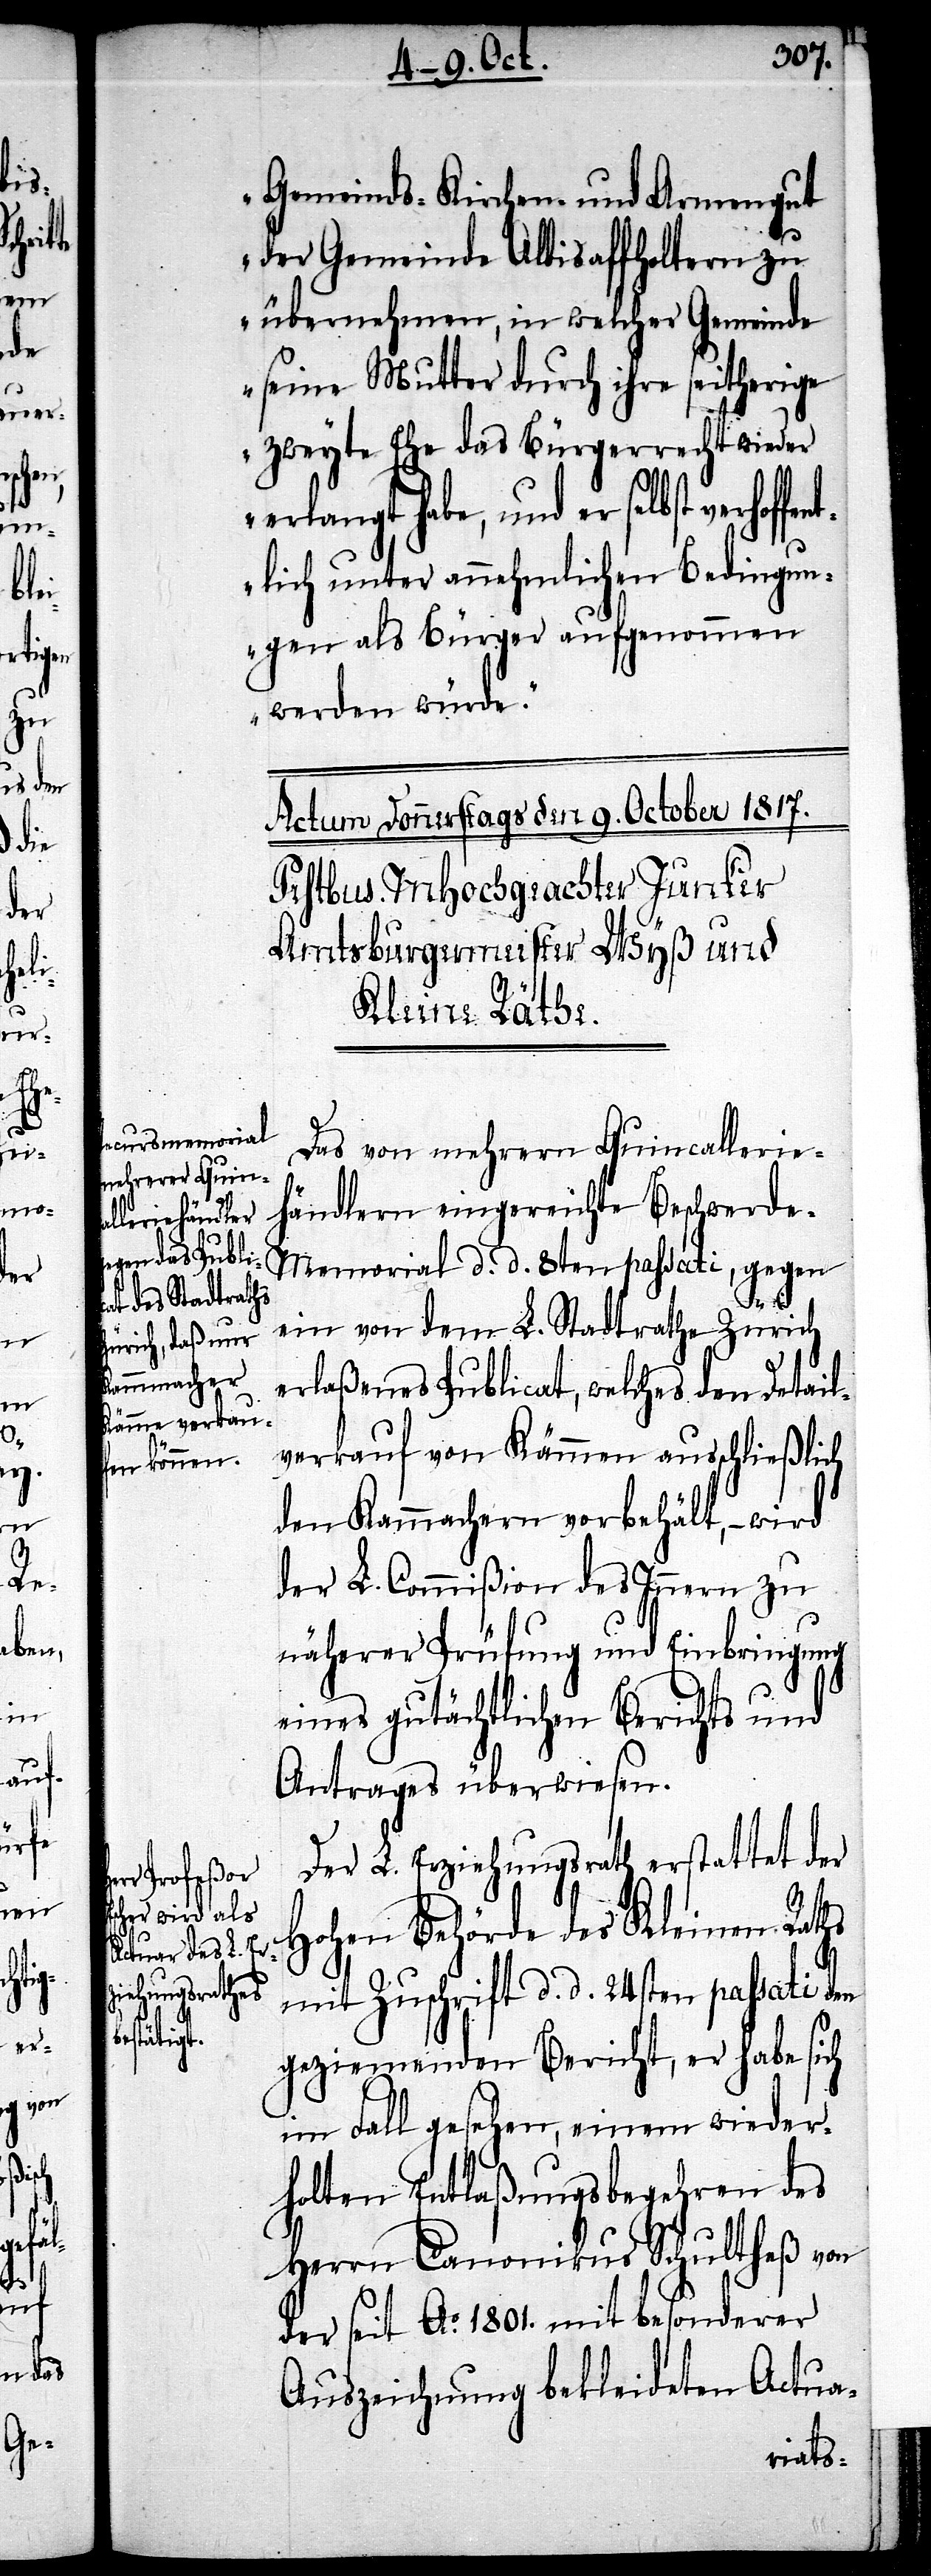
Gemeinds- Kirchen- und Armengut
der Gemeinde Albisaffoltern zu
übernehmen, in welcher Gemeinde
seine Mutter durch ihre seitherige
zweyte Ehe das Bürgerrecht wider
erlangt habe, und er selbst verhof¬
lich unter annehmlichen Bedingun¬
gen als Bürger aufgenommen
werden würde.“
Das von mehrern Quincallerie¬
händlern eingereichte Beschwerde-M¬
emorial d. d. 8ten passati, gegen
den
ein von dem L. Stadtrathe Zürich
erlaßenes Publicat, welches den Detail¬
verkauf von Kämmen ausschließlich
den Kammachern vorbehält, – wird
der L. Commißion des Innern zu
näherer Prüfung und Einbringung
eines gutächtlichen Berichts und
Antrags überwiesen.
Der L. Erziehungsrath erstattet der
hohen Behörde des Kleinen Raths
mit Zuschrift d. d. 24sten passati
geziemenden Bericht, er habe sich
im Fall gesehen, einem wieder¬
holten Entlaßungsbegehren des
Herrn Canonikus Schultheß von
der seit Ao. 1801. mit besonderer
Auszeichnung bekleideten Actua-